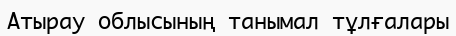
Атырау облысының танымал тұлғалары